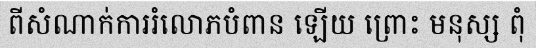
ពីសំណាក់ការរំលោភបំពាន ឡើយ ព្រោះ មនុស្ស ពុំ